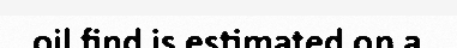
oil find is estimated on a